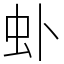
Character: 虲